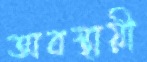
অবস্থায়ী